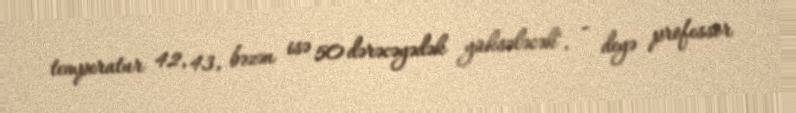
temperatur 42, 43, bəzən isə 50 dərəcəyədək yüksələcək", - deyə professor